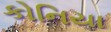
કોનિયા